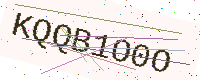
Text: KQQB1O0O